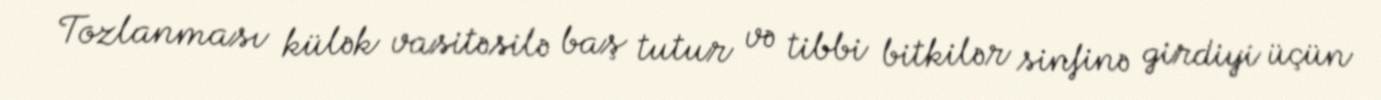
Tozlanması külək vasitəsilə baş tutur və tibbi bitkilər sinfinə girdiyi üçün